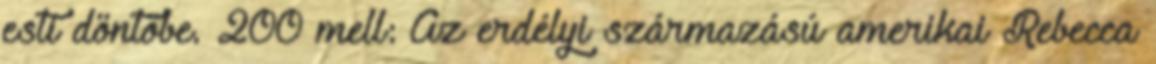
esti döntőbe. 200 mell: Az erdélyi származású amerikai Rebecca